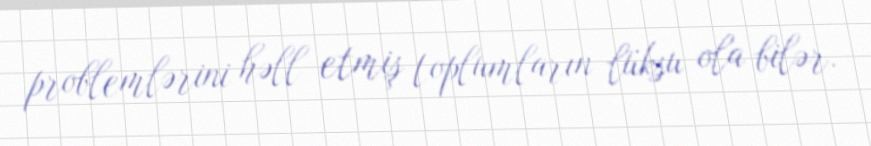
problemlərini həll etmiş toplumların lüksu ola bilər.